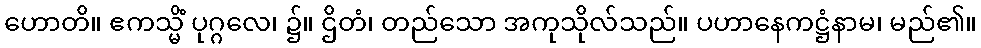
ဟောတိ။ ဧကသ္မိံ ပုဂ္ဂလေ၊ ၌။ ဌိတံ၊ တည်သော အကုသိုလ်သည်။ ပဟာနေကဋ္ဌံနာမ၊ မည်၏။